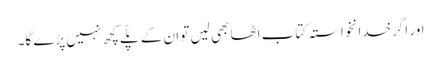
اور اگرخدانخواستہ کتاب اٹھا بھی لیں تو ان کے پلّے کچھ نہیں پڑے گا۔